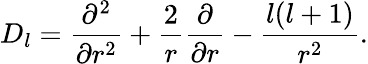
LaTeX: D_{l}={\frac{\partial^{2}}{\partial r^{2}}}+{\frac{2}{r}}{\frac{\partial}{\partial r}}-{\frac{l(l+1)}{r^{2}}}.